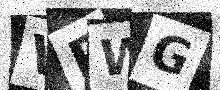
Text: VPWG